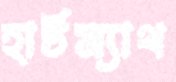
হার্টম্যাথ